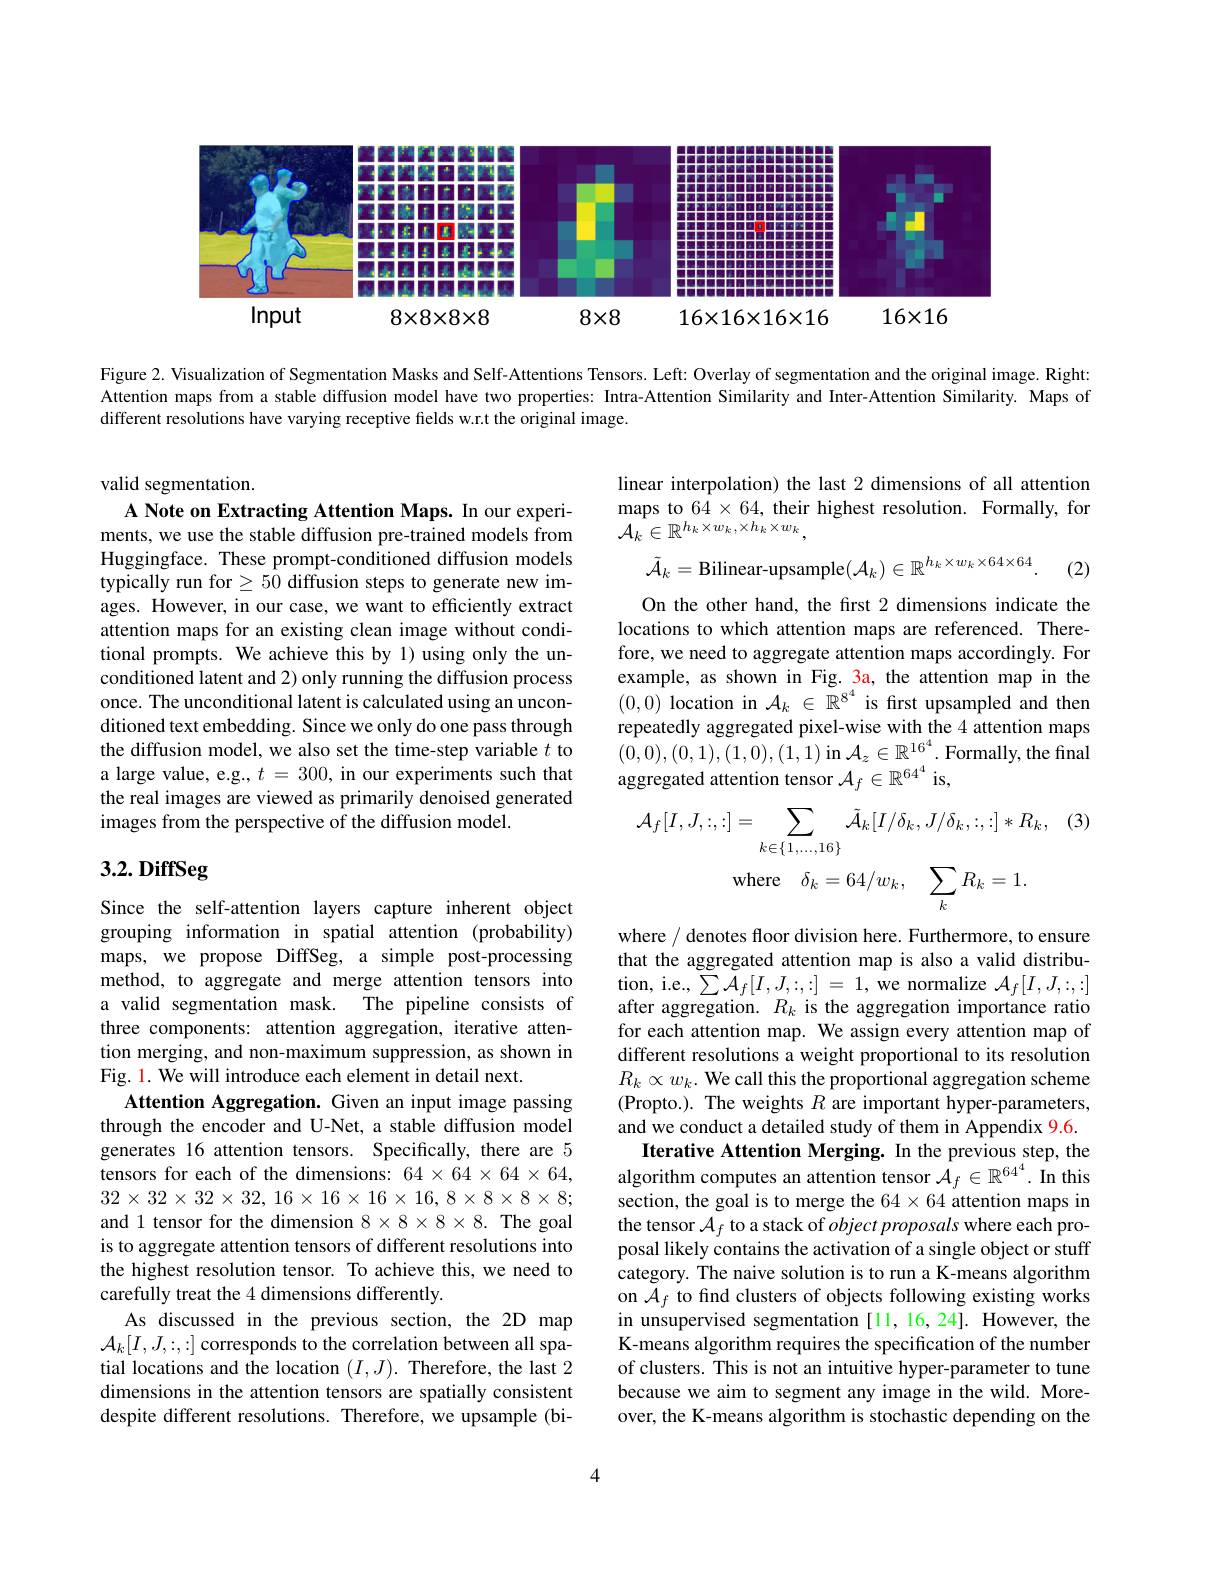
<FigureHere>

Figure 2. Visualization of Segmentation Masks and Self-Attentions Tensors. Left: Overlay of segmentation and the original image. Right: Attention maps from a stable diffusion model have two properties: Intra-Attention Similarity and Inter-Attention Similarity. Maps of different resolutions have varying receptive fields w.r.t the original image.

linear interpolation) the last 2 dimensions of all attention maps to $64\times64$, their highest resolution. Formally, for ${\mathcal A}_{k}^{^{\prime}}\in\mathbb{R}^{h_{k}\times w_{k},\times h_{k}}\times w_{k}$,
$$\tilde{\mathcal{A}}_k=\text{Bilinear-upsample}(\mathcal{A}_k)\in\mathbb{R}^{h_k\times w_k\times64\times64}.$$
(2)

valid segmentation.
A Note on Extracting Attention Maps. In our experiments, we use the stable diffusion pre-trained models from Huggingface. These prompt-conditioned diffusion models typically run for $\geq50$ diffusion steps to generate new images. However, in our case, we want to efficiently extract attention maps for an existing clean image without conditional prompts. We achieve this by 1) using only the unconditioned latent and 2) only running the diffusion process once. The unconditional latent is calculated using an unconditioned text embedding. Since we only do one pass through the diffusion model, we also set the time-step variable $t$ to a large value, e.g., $t=300$, in our experiments such that the real images are viewed as primarily denoised generated images from the perspective of the diffusion model.

On the other hand, the first 2 dimensions indicate the locations to which attention maps are referenced. Therefore, we need to aggregate attention maps accordingly. For example, as shown in Fig. 3a, the attention map in the (0,0) location in $\mathcal{A}_k\in\mathbb{R}^{8^4}$ is first upsampled and then repeatedly aggregated pixel-wise with the 4 attention maps (0,0),(0,1),(1,0),(1,1) in $\mathcal{A}_z\in\mathbb{R}^{16^4}.$ Formally, the final aggregated attention tensor $\mathcal{A}_f\in\mathbb{R}^64^4$ is,

(3)
$$\mathcal{A}_{f}[I,J,:,:]=\sum_{k\in\{1,...,16\}}\tilde{\mathcal{A}}_{k}[I/\delta_{k},J/\delta_{k},:,:]*R_{k},\\\mathrm{where}\quad\delta_{k}=64/w_{k},\quad\sum_{k}R_{k}=1.$$
# $3. 2. \textbf{DiffSeg}$

Since the self-attention layers capture inherent object grouping information in spatial attention (probability) maps, we propose DiffSeg, a simple post-processing method, to aggregate and merge attention tensors into a valid segmentation mask. The pipeline consists of three components: attention aggregation, iterative attention merging, and non-maximum suppression, as shown in Fig. 1. We will introduce each element in detail next.
Attention Aggregation. Given an input image passing through the encoder and U-Net, a stable diffusion model generates 16 attention tensors. Specifically, there are 5 tensors for each of the dimensions: $64\times64\times64\times64$, $32\times32\times32\times32,16\times16\times16\times16,8\times8\times8\times8;$ and 1 tensor for the dimension $8\times8\times8\times8.$ The goal is to aggregate attention tensors of different resolutions into the highest resolution tensor. To achieve this, we need to carefully treat the 4 dimensions differently.
As discussed in the previous section, the 2D map $\mathcal{A}_k[I,J,:,:]$ corresponds to the correlation between all spatial locations and the location $(I,J).$ Therefore, the last 2 dimensions in the attention tensors are spatially consistent despite different resolutions. Therefore, we upsample (bi-

where / denotes floor division here. Furthermore, to ensure that the aggregated attention map is also a valid distribution, i.e., $\sum\mathcal{A}_f[I,J,:,:]=1$, we normalize $\mathcal{A}_f[I,J,:,:]$ after aggregation. $R_k$ is the aggregation importance ratio for each attention map. We assign every attention map of different resolutions a weight proportional to its resolution $R_k\propto w_k.$ We call this the proportional aggregation scheme (Propto.). The weights $R$ are important hyper-parameters, and we conduct a detailed study of them in Appendix 9.6.
Iterative Attention Merging. In the previous step, the algorithm computes an attention tensor $\mathcal{A}_f\in\mathbb{R}^{64^4}.$ In this section, the goal is to merge the $64\times64$ attention maps in the tensor $\mathcal{A}_f$ to a stack of $object\textit{proposals where each pro- }$ posal likely contains the activation of a single object or stuff category. The naive solution is to run a K-means algorithm on $\mathcal{A}_f$ to find clusters of objects following existing works in unsupervised segmentation [11,16,24]. However, the K-means algorithm requires the specification of the number of clusters. This is not an intuitive hyper-parameter to tune because we aim to segment any image in the wild. Moreover, the K-means algorithm is stochastic depending on the

4